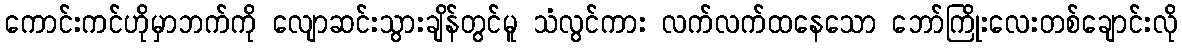
ကောင်းကင်ဟိုမှာဘက်ကို လျောဆင်းသွားချိန်တွင်မူ သံလွင်ကား လက်လက်ထနေသော ဘော်ကြိုးလေးတစ်ချောင်းလို